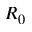
R _ { 0 }